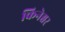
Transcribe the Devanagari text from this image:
किनेश्वर